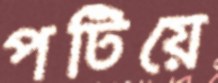
পটিয়ে